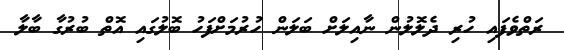
ރަތްވެފައި ހުރި ދެލޮލުން ނާއިލަށް ބަލަން ހުރުމަށްފަހު ބޮލުގައި އޮތް ބުރުގާ ބާލާ